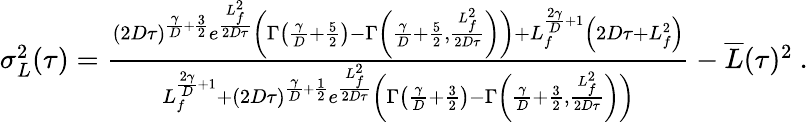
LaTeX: \begin{array}{r}{\sigma_{L}^{2}(\tau)=\frac{(2D\tau)^{\frac{\gamma}{D}+\frac{3}{2}}e^{\frac{L_{f}^{2}}{2D\tau}}\left(\Gamma\left(\frac{\gamma}{D}+\frac{5}{2}\right)-\Gamma\left(\frac{\gamma}{D}+\frac{5}{2},\frac{L_{f}^{2}}{2D\tau}\right)\right)+L_{f}^{\frac{2\gamma}{D}+1}\left(2D\tau+L_{f}^{2}\right)}{L_{f}^{\frac{2\gamma}{D}+1}+(2D\tau)^{\frac{\gamma}{D}+\frac{1}{2}}e^{\frac{L_{f}^{2}}{2D\tau}}\left(\Gamma\left(\frac{\gamma}{D}+\frac{3}{2}\right)-\Gamma\left(\frac{\gamma}{D}+\frac{3}{2},\frac{L_{f}^{2}}{2D\tau}\right)\right)}-\overline{{L}}(\tau)^{2}\ .}\end{array}